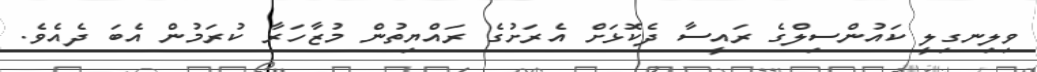
ވިލިނގިލީ ކައުންސިލްގެ ރައީސާ ދެކޮޅަށް އެރަށުގެ ރައްޔިތުން މުޒާހަރާ ކުރަމުން އެބަ ދެއެވެ.